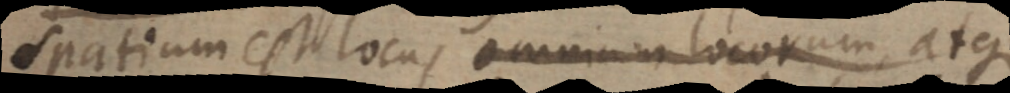
spatium est locus omnium locorum, atque